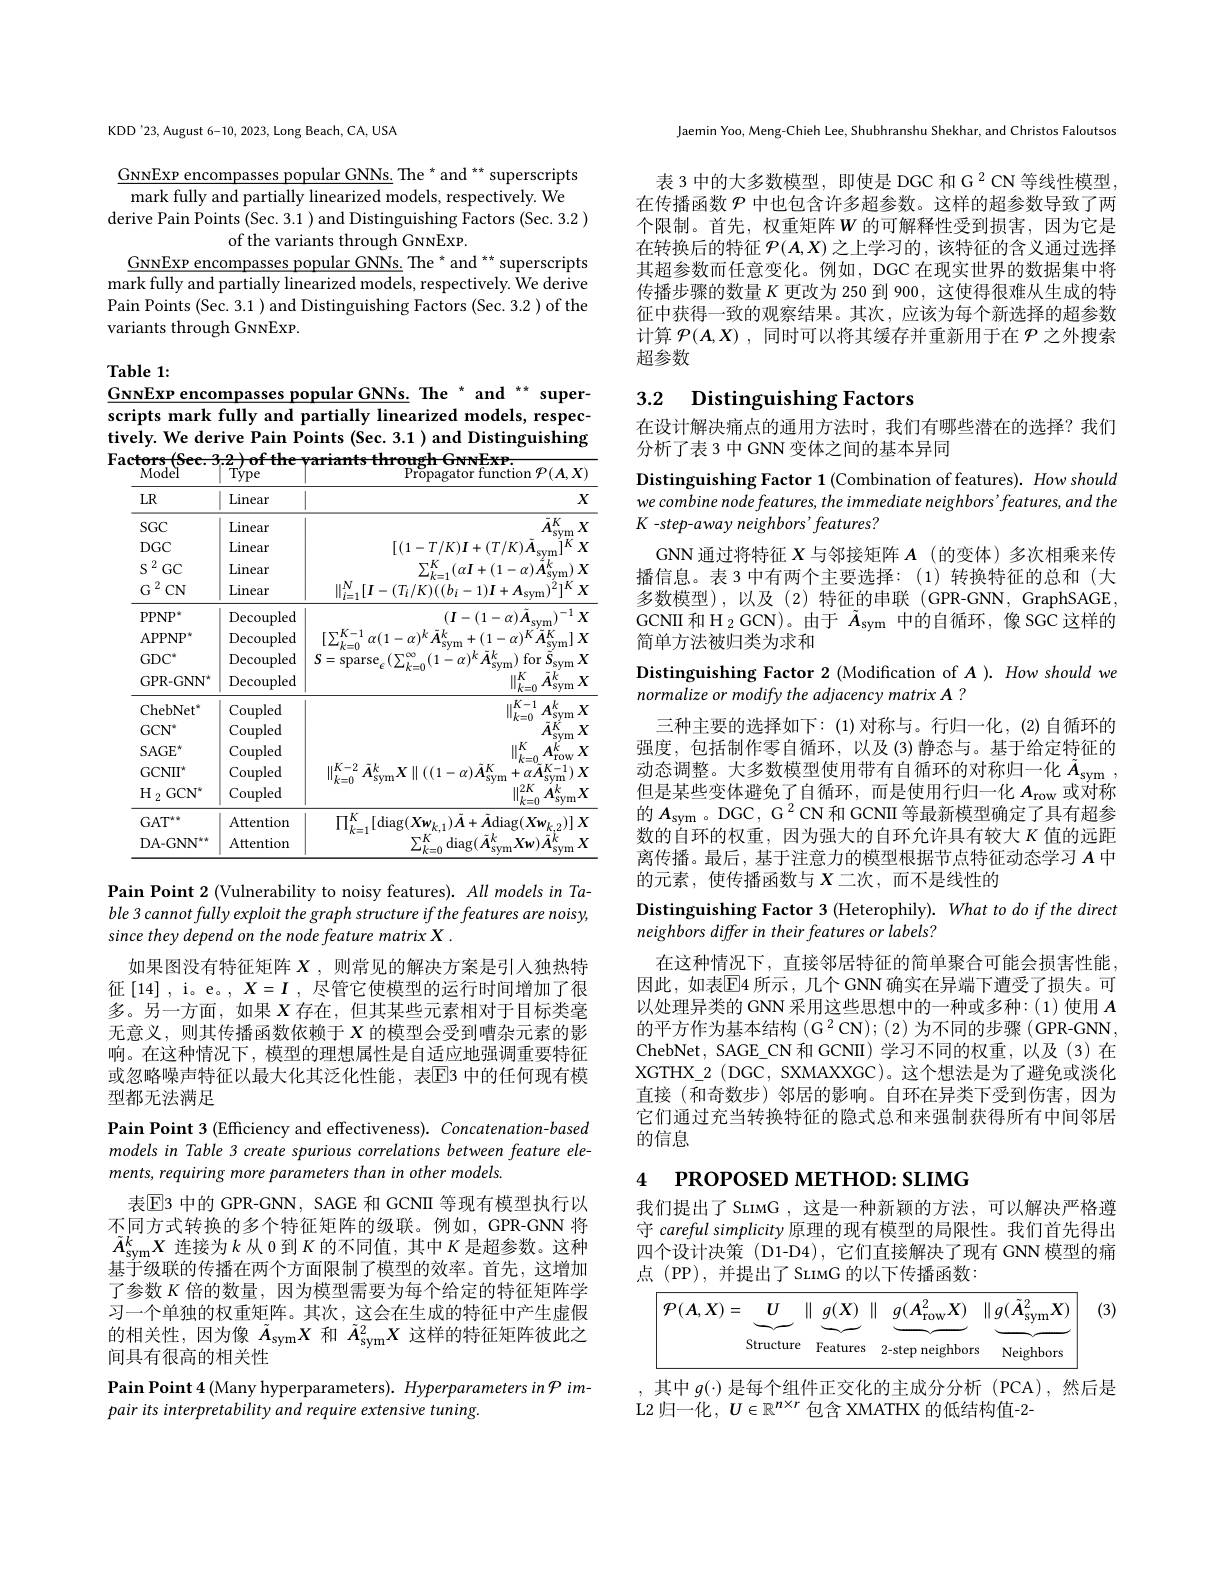
KDD'23, August 6-10, 2023, Long Beach, CA, USA

$\underline{\mathrm{GNNExp~encompasses~popular~GNNs.~The~*~and~*~superscripts}}$ mark fully and partially linearized models, respectively. We
derive Pain Points (Sec. 3.1 ) and Distinguishing Factors (Sec. 3.2 )
of the variants through GNNEXP.
GNNExp encompasses popular GNNs. The * and * superscripts mark fully and partially linearized models, respectively. We derive Pain Points (Sec. 3.1 ) and Distinguishing Factors (Sec. 3.2 ) of the variants through GNNEXP.

$\mathbf{Table1:}$
$\underline{\mathrm{GNNExP~encompasses~popular~GNNs.}}{\mathrm{The~}^*\mathrm{~and~}^{**}\mathrm{~super-}}$

scripts mark fully and partially linearized models, respectively. We derive Pain Points (Sec. 3.1 ) and Distinguishing $\underset{\mathrm{Model}}{\operatorname*{\operatorname*{Factors}}}($Sec.3.2)of the variants through GwNExP.$\underset{\mathrm{Propagator~function~}}{\operatorname*{\operatorname*{Propagator~function~}}}{\operatorname*{Propagator~function~}}{\operatorname*{P}}(A,X)$

<table>
	<tbody>
		<tr>
			<th>$LR$</th>
			<th>Linear</th>
			<th>$X$</th>
		</tr>
		<tr>
			<td>$SGC$</td>
			<td>Linear</td>
			<td>$\overline{\tilde{A}_{\mathrm{svm}}^KX}$</td>
		</tr>
		<tr>
			<td>$DGC$</td>
			<td>Linear</td>
			<td>$[(1-T/K)\boldsymbol{I}+(T/K)\boldsymbol{A}.$ $j^{K}X$</td>
		</tr>
		<tr>
			<td>2 S GC</td>
			<td>Linear</td>
			<td>$\sum_{k-1}^{K}(\alpha I+(1-\alpha)\stackrel{'}{\boldsymbol{A}}_{\mathrm{sv}}^{k}$ ${\mathrm{n}})X$</td>
		</tr>
		<tr>
			<td>$G^{2}$ $CN$</td>
			<td>$\operatorname{Linear}$</td>
			<td>$\| _{i= 1}^{N}[ I- ( T_{i}/ K) ( ( b_{i}- 1) \boldsymbol{I}+ A_{\mathrm{sym}}) ^{\acute{2} }] ^{K}$ $\mathbf{X}$ $\lambda$</td>
		</tr>
		<tr>
			<td>$PPNP$</td>
			<td>Decoupled</td>
			<td>$(I-(1-\alpha)A_{\circ}$ $1^{-}.$</td>
		</tr>
		<tr>
			<td>APPNP 1</td>
			<td>Decoupled</td>
			<td>$[\sum_{u_{i}}^{K-1}$ $^{1}$ $\alpha ( 1- \alpha ) ^{k}$ $\tilde{A} ^{k}$ $+(1-\alpha)^{\Lambda}A^{\Lambda}$ </td>
		</tr>
		<tr>
			<td>$GDC^{*}$</td>
			<td>Decoupled</td>
			<td>A $S=$sparse$_{c}$ 1-1 $\cdot\alpha)^{k}\bar{A}^{k}$ ) for $\bar{S}_{\mathrm{svm}}$ $\textbf{X}$</td>
		</tr>
		<tr>
			<td>$\mathrm{GAT}^{**}$ $\mathrm{DA-GNN}^{**}$</td>
			<td>Attention Attention</td>
			<td>$\overline{\prod_{k=1}^{K}[\operatorname{diag}(\boldsymbol{X}\boldsymbol{w}_{k,1})\tilde{A}+\tilde{A}\operatorname{diag}(\boldsymbol{X}\boldsymbol{w}_{k,2})]\boldsymbol{X}}$ $\sum_{k=0}^{K}$ $\tilde{A}_{\mathrm{sym}}^{k}Xw)\tilde{A}_{\mathrm{sym}}^{k}X$ diag$( \tilde{\boldsymbol{A}} _{\mathrm{evm}}^{k}$ $\frac{1}{2}=\frac{1}{2}=\frac{1}{2}$</td>
		</tr>
		<tr>
			<td>$\mathrm{GAT}^{**}$</td>
			<td>Attention</td>
			<td>$\Pi_{i}^{K}.[$diag$(X)]$ $Xw$ $1A$ $\tilde{A}$diag$(Xw_{L},)]X$</td>
		</tr>
		<tr>
			<td>$\mathrm{DA-GNN}^{**}$</td>
			<td>Attention</td>
			<td>$\sum_{k=0}^K$ ${\mathrm{diag}}(\bar{A}_{\mathrm{ev}}^{k}$ $X_{W})A_{\mathrm{ou}}^{K}$ $X$</td>
		</tr>
	</tbody>
</table>

Pain Point 2 (Vulnerability to noisy features). All models in Table 3 cannot fully exploit the graph structure if the features are noisy, since they depend on the node feature matrix X .
如果图没有特征矩阵$X$,则常见的解决方案是引入独热特征[14] , i。e。$,X=I$ ,尽管它使模型的运行时间增加了很多。另一方面，如果$X$存在，但其某些元素相对于目标类毫无意义，则其传播函数依赖于$X$的模型会受到嘈杂元素的影响。在这种情况下，模型的理想属性是自适应地强调重要特征或忽略噪声特征以最大化其泛化性能，表$\overline{\mathrm{E}}$3 中的任何现有模型都无法满足

Pain Point 3 (Efficiency and effectiveness). Concatenation-based models in Table 3 create spurious correlations between feature elements, requiring more parameters than in other models.
表$\boxed{\mathrm{E}}$3 中的 GPR-GNN, SAGE 和 GCNII 等现有模型执行以不同方式转换的多个特征矩阵的级联。例如，GPR-GNN 将$\tilde{A}_\mathrm{sym}^kX$连接为$k$从 0 到$K$的不同值，其中$K$是超参数。这种基于级联的传播在两个方面限制了模型的效率。首先，这增加了参数$K$倍的数量，因为模型需要为每个给定的特征矩阵学习一个单独的权重矩阵。其次，这会在生成的特征中产生虚假的相关性，因为像$\tilde{A}_\mathrm{sym}X$和$\tilde{A}_\mathrm{sym}^2X$这样的特征矩阵彼此之间具有很高的相关性
Pain Point 4 (Many hyperparameters). Hyperparameters in $P$ im-
pair its interpretability and require extensive tuning.

Jaemin Yoo, Meng-Chieh Lee, Shubhranshu Shekhar, and Christos Faloutsos

表 3 中的大多数模型，即使是 DGC 和 G 2 CN 等线性模型， 在传播函数$\mathcal{P}$中也包含许多超参数。这样的超参数导致了两个限制。首先，权重矩阵$W$ 的可解释性受到损害，因为它是在转换后的特征$\mathcal{P}(A,X)$之上学习的 ,该特征的含义通过选择其超参数而任意变化。例如，DGC 在现实世界的数据集中将传播步骤的数量$K$更改为 250 到 900, 这使得很难从生成的特征中获得一致的观察结果。其次，应该为每个新选择的超参数计算$\mathcal{P} ( A, X)$ ,同时可以将其缓存并重新用于在$\mathcal{P}$之外搜索超参数

## 3.2 Distinguishing Factors

在设计解决痛点的通用方法时，我们有哪些潜在的选择？我们
分析了表 3 中 GNN 变体之间的基本异同

Distinguishing Factor 1 (Combination of features). How should we combine node features, the immediate neighbors' features, and the K -step-away neighbors'features?

GNN 通过将特征$X$与邻接矩阵$A$ (的变体)多次相乘来传播信息。表 3 中有两个主要选择：(1) 转换特征的总和 (大多数模型),以及(2)特征的串联(GPR-GNN,GraphSAGE, GCNII 和$\mathrm H_{2}$ GCN)。由于 $\bar{A}_\mathrm{sym}$ 中的自循环，像 SGC 这样的简单方法被归类为求和
Distinguishing Factor 2 (Modification of A ). How should we
normalize or modify the adjacency matrix A ?
三种主要的选择如下：(1)对称与。行归一化，(2)自循环的强度，包括制作零自循环，以及(3)静态与。基于给定特征的动态调整。大多数模型使用带有自循环的对称归一化$\tilde{A} _\mathrm{sym}$ , 但是某些变体避免了自循环，而是使用行归一化$A_\mathrm{row}\dot{\text{或对称}}$ 的$A_\mathrm{sym}$ 。DGC, G $^2$CN 和 GCNII 等最新模型确定了具有超参数的自环的权重，因为强大的自环允许具有较大$K$值的远距离传播。最后，基于注意力的模型根据节点特征动态学习$A$中的元素，使传播函数与$X$二次，而不是线性的
Distinguishing Factor 3 (Heterophily). What to do if the direct
neighbors differ in their features or labels?
在这种情况下，直接邻居特征的简单聚合可能会损害性能， 因此，如表$\mathbb{E}$4 所示，几个 GNN 确实在异端下遭受了损失。可以处理异类的 GNN 采用这些思想中的一种或多种：(1)使用$A$ 的平方作为基本结构$(\mathrm{G}^2$CN);(2)为不同的步骤(GPR-GNN, ChebNet, SAGE\_CN 和 GCNII) 学习不同的权重，以及(3)在XGTHX\_2 (DGC, SXMAXXGC)。这个想法是为了避免或淡化直接 (和奇数步) 邻居的影响。自环在异类下受到伤害，因为它们通过充当转换特征的隐式总和来强制获得所有中间邻居的信息
4 PROPOSED METHOD: SLIMG

我们提出了SLIMG ,这是一种新颖的方法，可以解决严格遵守 careful simplicity 原理的现有模型的局限性。我们首先得出四个设计决策 (D1-D4),它们直接解决了现有 GNN 模型的痛点 (PP),并提出了SLIMG 的以下传播函数：

(3)
$$\boxed{\mathcal{P}(A,X)=\underbrace{U}_{\mathrm{Structure}}\parallel\underbrace{g(X)}_{\mathrm{Features}}\parallel\underbrace{g(A_{\mathrm{row}}^{2}X)}_{2\mathrm{-step~neighbors}}\parallel\underbrace{g(\tilde{A}_{\mathrm{sym}}^{2}X)}_{\mathrm{Neighbors}}}$$
其中$g(\cdot)$是每个组件正交化的主成分分析 (PCA),然后是
L2 归一化，$U\in\mathbb{R}^{n\times r}$包含 XMATHX 的低结构值-2-